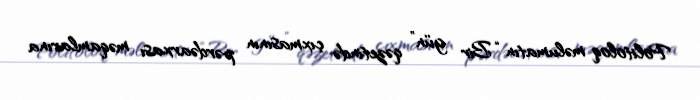
Politoloq məlumatın “Bir gün” qəzetində çıxmasının pərdəarxası məqamlarına